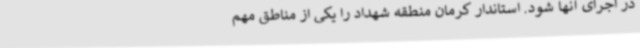
در اجرای آنها شود. استاندار کرمان منطقه شهداد را یکی از مناطق مهم